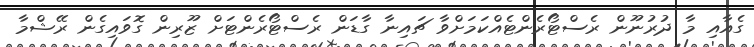
ގެއާއި މާ ދުރުނޫން ރެސްޓޯރެންޓެއްކަމަށްވާ ޗައިނާ ގާޑަން ރެސްޓޯރެންޓަށް ޒޫރިން ގޮވައިގެން ރޭޝްމާ